Vital statistics of India. Vol. IV, Annual returns from 1871 to 1876. British Army of India, Native Army and jails of Bengal
Year: 1871
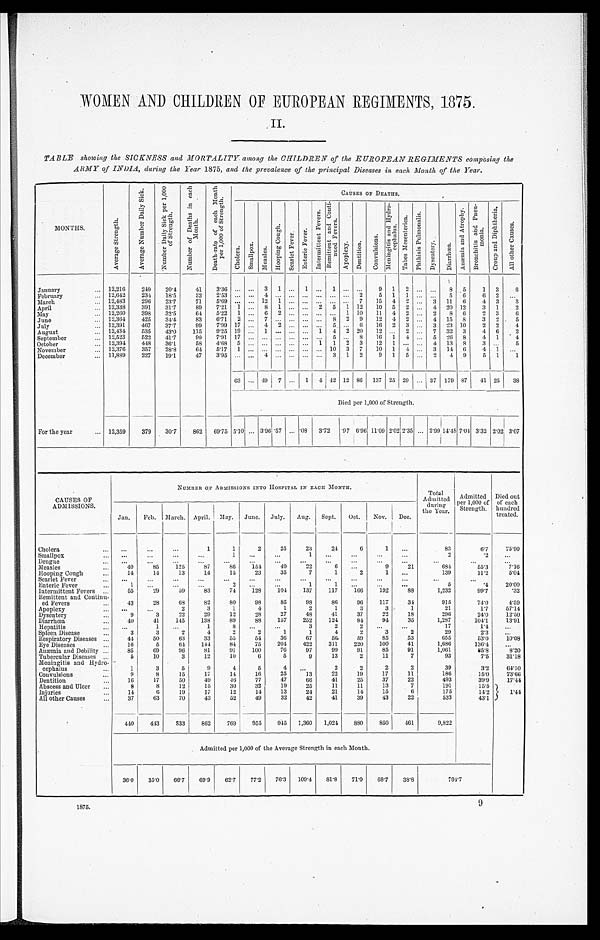
WOMEN AND CHILDREN OF EUROPEAN REGIMENTS, 1875.
II
TABLE showing the SICKNESS and MORTALITY among the CHILDREN of the EUROPEAN REGIMENTS composing the
ARMY of INDIA, during the Year 1875, and the prevalence of the principal Diseases in each, Month of the Year.
MONTHS.
A v e r a g e S t r e n g t h .
A v e r a g e N u m b e r D a i l y S i c k .
N u m b e r D a i l y S i c k p e r 1 , 0 0 0 i f S t r e n g t h .
N u m b e r o f D e a t h s i n e a c h M o n t h .
D e a t h - r a t e o f e a c h M o n t h p e r 1 0 0 0 o f S t r e n g t h
CAUSES OF DEATHS.
C h o l e r a . S m a l l p o x . M e a s l e s .
H o o p i n g C o u g h .
S e a r l e t F e v e r . E n t e r i c F e v e r .
I n t e r m i t t e n t F e v e r .
R e m i t t e n t a n d C o n t i n u e d F e v e r .
A p o p l e x y . D e n t i t i o n .
C o n v u l s i o n s .
M e n i n g i t i s a n d H y d r o c e p h a l u s .
T a b e s M e s e n t e r i c a .
P h t h i s i s P u l m o n a l i s .
D y s e n t e r y . D i a r r h œ a .
A n æ m i a a n d A t r o p h y . B r o n c h i t i s a n d P n e u m o n i a .
C r o u p a n d D i p h t h e r i a .
A l l o t h e r C a u s e s .
January
... 12,216
249
20.4
41 3.36 ... ... 3 1 ... 1 ... 1 ... ...
9 1 2
. . . . . . 8 5
1 3
6
February
... 12,642 234 18.5
3 2
2 . 5 3 . . . . . . 4 . . . . . . . . . . . . . . . . . . 2 5 1 1 ...
. . . 5 6
6 2
. . .
March
... 12,483
296 23.7
71
5.69 ... ... 12 1 ... ... ... ... ... 7 15 4 2 ... 3 11 6
4 3
3
April
... 12,338
391
31.7
89 7.21 1 ... 8 1 ... ... 2 5 1 12 10 5 2
. . . 4 20 12
3 1
2
May
... 12,260
398 32.5
64 5.22 1
. . . 6 2 ... ...
. . . ... 1 10 11 4 2 ... 2 8 6
2 3
6
June
... 12,364
425 34.4
83
6.71 2 ... 7 ... ... ... ... 8 2 9 12 4 2 ... 4 15
8 3 2
5
July
... 12,391
467
37.7
99
7.99 17
. . . 4 2
. . . ... ... 5 ... 6 16 2 3 ... 3 23 10
2 2
4
August
... 12,434
535
43.0 115
9.25 19 ... 1 ... ...
. . . 1 4 2 20 12 ... 2 ... 7 32 3
4 6
2
September
... 12,523
522 41.7
99
7.91 17 ... ... ...
. . . . . . . . . 5 ... 8 16 1 4 ... 5 26 8
4 1 ' 4
October
... 12,394 448 36.1
58 4.68 5 ... ... ... ... ... 1 1 2 3 12 1
. . . ... 4 13 8
3 2 5
November
... 12,376
357 28.8
64 5.17 1 ...
. . . ... ... ... ... 10 3 7 10 1 4 ... 3 14 6
4 1
. . .
December
... 11,889
227
19.1
47
3.95 ...
. . . 4 . . . . . . . . . . . . 3 1 2
9 1 5 ... 2 4 9
5 1
1
63
. . . 49 7 ... 1 4 42 12 86 137 25 29
. . . 37 179 87 41 25 38
Died per 1,000 of Strength.
For the year
... 12,359
379 30.7 862 69.75 5.10 ... 3.96 . 5 7 ...
. 0 8 3.72
. 9 7 6 . 9 6
11.09 2.02 2.35 ... 2.99 14.48 7.04 3.32 2.02 3.07
CAUSES OF
ADMISSIONS.
NUMBER 0F ADMISSIONS INTO HOSPITAL IN EACH MONTH.
Total
Admitted d u r i n g t h e y e a r . Admitted
per 1,000 of
Strength.
Died out
of each
hundred
treated.
Jan. Feb. March. April. May. June. July. Aug. Sept. Oct. Nov. Dec.
Cholera
... ...
...
...
1
1
2
25
23
24
6
1
. . .
83
6.7
75.90
Smallpox
...
. . .
. . .
. . . ....
1
. . . ...
1 ...
...
. . .
. . .
2
. 2
. . .
Dengue
... ...
...
...
...
...
...
...
. . .
...
. . .
. . .
...
. . .
. . .
. . .
Measles
...
40
85
125
87
86
154
49
22
6
. . .
9
21
684
55.3
7.16
Hooping Cough
...
14
14
13
14
15
23
35
7
1
2
1 ...
139
11.2
5.04
Scarlet Fever
...
Enteric Fever ...
... 1 ...
...
...
. . . . . .
... 2
...
...
...
...
... 1
... 1
...
...
...
...
. . . . . .
. . . 5
. . .
. 4 20.00
Intermittent Fevers ...
55
29
59
83
74
128
104 137
117
166
192
88
1,232
99.7
. 3 2
Remittent and Continu-
ed Fevers
...
43
28
68
82
80
98
85
98
86
96
117
34
915
74.0
4.59
Apoplexy
...
...
2
3
1
4
1
2
1
3
3
1
21
1.7
57.14
Dysentery
...
9
3
22
29
12
28
27
48
41
37
22
18
296
24.0
12.50
Diarrhœa
...
40
41
145
138
89
88
157
252
124
84
94
35
1,287
104.1
13.91
Hepatitis ...
. . .
1 ...
1
8 ...
. . .
3
2
2
. . . ...
17
1.4 ...
Spleen Disease
...
3
3
2
4
2
2
1
1
4
2
3
2
29
2.3
. . .
Respiratory Diseases ...
44
50
63
33
55
54
36
67
56
59
85
53
655
53.0
10.08
Eye Diseases
...
16
5
64 144
84
75
204 422
311
220
100
41
1,686
136.4
. . .
Anæmia and Debility ...
85
69
96
81
91
100
76
97
99
91
85
91
1,061
85.8
8.20
Tubercular Diseases...
5
10
3
12
10
6
5
9
13
2
11
7
93
7.5
31.18
Meningitis and Hydro-
cephalus...
1
3
5
9
4
5
4
. . .
2
2
2
2
39
3.2
64.10
Convulsions
...
9
8
15
17
14
16
25
13
22
19
17
11
186
15.0
73.66
Dentition
16
17
50
49
46
77
47
66
41
25
37
22
493
39.9
17.44
Abscess and Ulcer ...
8
8
12
15
30
32
19
25
11
11
13
7
191
15.5
Injuries
...
14
6
19
17
12
14
13
24
21
14
15
6
175
14.2
1.44
All other Causes
...
37
63
70
43
52
49
32
42
41
39
43
22
533
43.1
440
443 833
862
769
955
945 1,360 1,024
880
850
461
9,822
Admitted per 1,000 of the Average Strength in each Month.
36.0 35.0 66.7 69.9 62.7 77.2 76.3 109.4 81.8 71.0 68.7 38.8
794.7
1875.
9